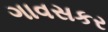
ગાવસકર